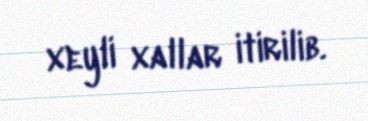
xeyli xallar itirilib.